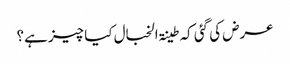
عرض کی گئی کہ طینۃ الخبال کیا چیز ہے؟